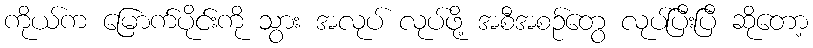
ကိုယ်က မြောက်ပိုင်းကို သွား အလုပ် လုပ်ဖို့ အစီအစဉ်တွေ လုပ်ပြီးပြီ ဆိုတော့